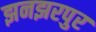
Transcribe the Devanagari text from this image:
झनझरपुर